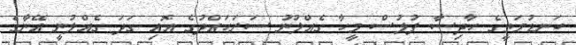
ކަނޑުމަތީގެ ހާދިސާ ފުލުސް މީހާ ގެއްލުނު ސަރަހައްދުގެ އޮއި ގަދަ ގެއްލުނީ އޭނާގެ